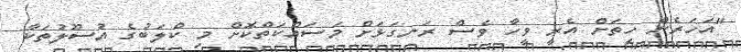
"އަހަރެން ހިތަށް އެރީ ވީހާ ވެސް ރަނގަޅަށް މަސައްކަތްކޮށް މި ކްލަބުގެ އުސޫލުތަކާ